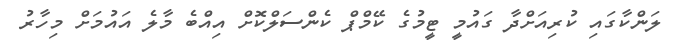
ލަންކާގައި ކުރިއަށްދާ ގައުމީ ޓީމުގެ ކޭމްޕް ކެންސަލްކޮށް އިއްބެ މާލެ އައުމަށް މިހާރު